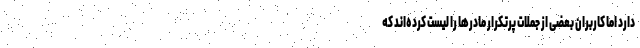
دارد اما کاربران بعضی از جملات پرتکرار مادرها را لیست کرده‌اند که